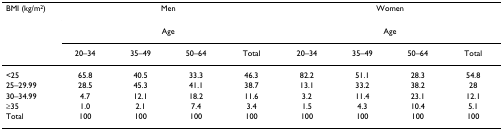
<table><thead><tr><td><b>BMI (kg/m<sup>2</sup>)</b></td><td colspan="4"><b>Men</b></td><td colspan="4"><b>Women</b></td></tr><tr><td></td><td colspan="4"><b>Age</b></td><td colspan="4"><b>Age</b></td></tr><tr><td></td><td><b>20–34</b></td><td><b>35–49</b></td><td><b>50–64</b></td><td><b>Total</b></td><td><b>20–34</b></td><td><b>35–49</b></td><td><b>50–64</b></td><td><b>Total</b></td></tr></thead><tbody><tr><td>&lt;25</td><td>65.8</td><td>40.5</td><td>33.3</td><td>46.3</td><td>82.2</td><td>51.1</td><td>28.3</td><td>54.8</td></tr><tr><td>25–29.99</td><td>28.5</td><td>45.3</td><td>41.1</td><td>38.7</td><td>13.1</td><td>33.2</td><td>38.2</td><td>28</td></tr><tr><td>30–34.99</td><td>4.7</td><td>12.1</td><td>18.2</td><td>11.6</td><td>3.2</td><td>11.4</td><td>23.1</td><td>12.1</td></tr><tr><td>≥35</td><td>1.0</td><td>2.1</td><td>7.4</td><td>3.4</td><td>1.5</td><td>4.3</td><td>10.4</td><td>5.1</td></tr><tr><td>Total</td><td>100</td><td>100</td><td>100</td><td>100</td><td>100</td><td>100</td><td>100</td><td>100</td></tr></tbody></table>